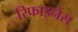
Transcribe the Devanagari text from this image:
रिफाइनेंस